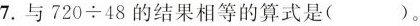
7.与$$7 2 0 ÷ 4 8$$的结果相等的算式是()。